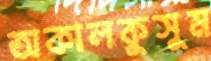
অকালকুসুম